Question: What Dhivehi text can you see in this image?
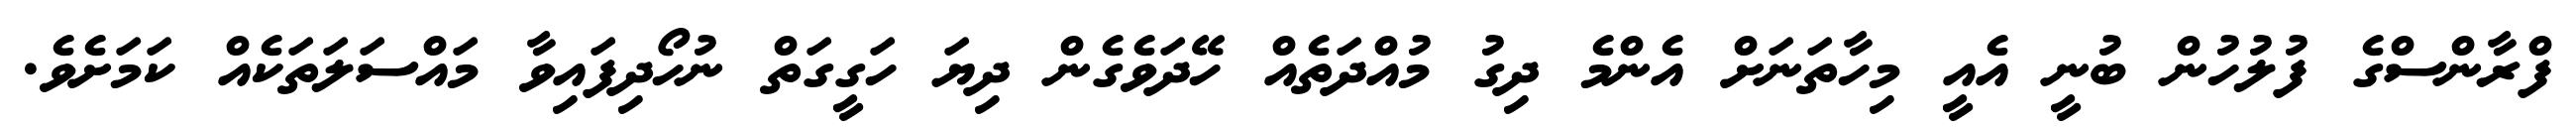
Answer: ފްރާންސްގެ ފުލުހުން ބުނީ އެއީ މިހާތަނަށް އެންމެ ދިގު މުއްދަތެއް ހޭދަވެގެން ދިޔަ ހަގީގަތް ނުހޯދިފައިވާ މައްސަލަތަކެއް ކަމަށެވެ.